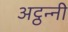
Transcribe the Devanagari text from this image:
अट्ठन्नी